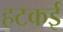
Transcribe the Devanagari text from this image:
हटकई